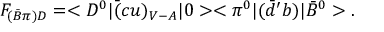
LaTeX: { \cal F } _ { ( \bar { B } \pi ) D } = < D ^ { 0 } | \bar { ( } c u ) _ { V - A } | 0 > < \pi ^ { 0 } | ( \bar { d } ^ { \prime } b ) | \bar { B } ^ { 0 } > .